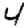
Digit: 4